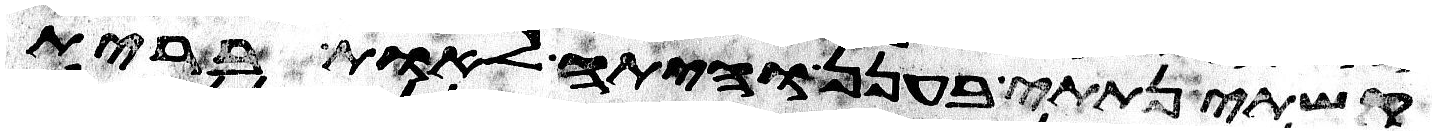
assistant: קשתי נתתי בענן והיתה לאות ברית